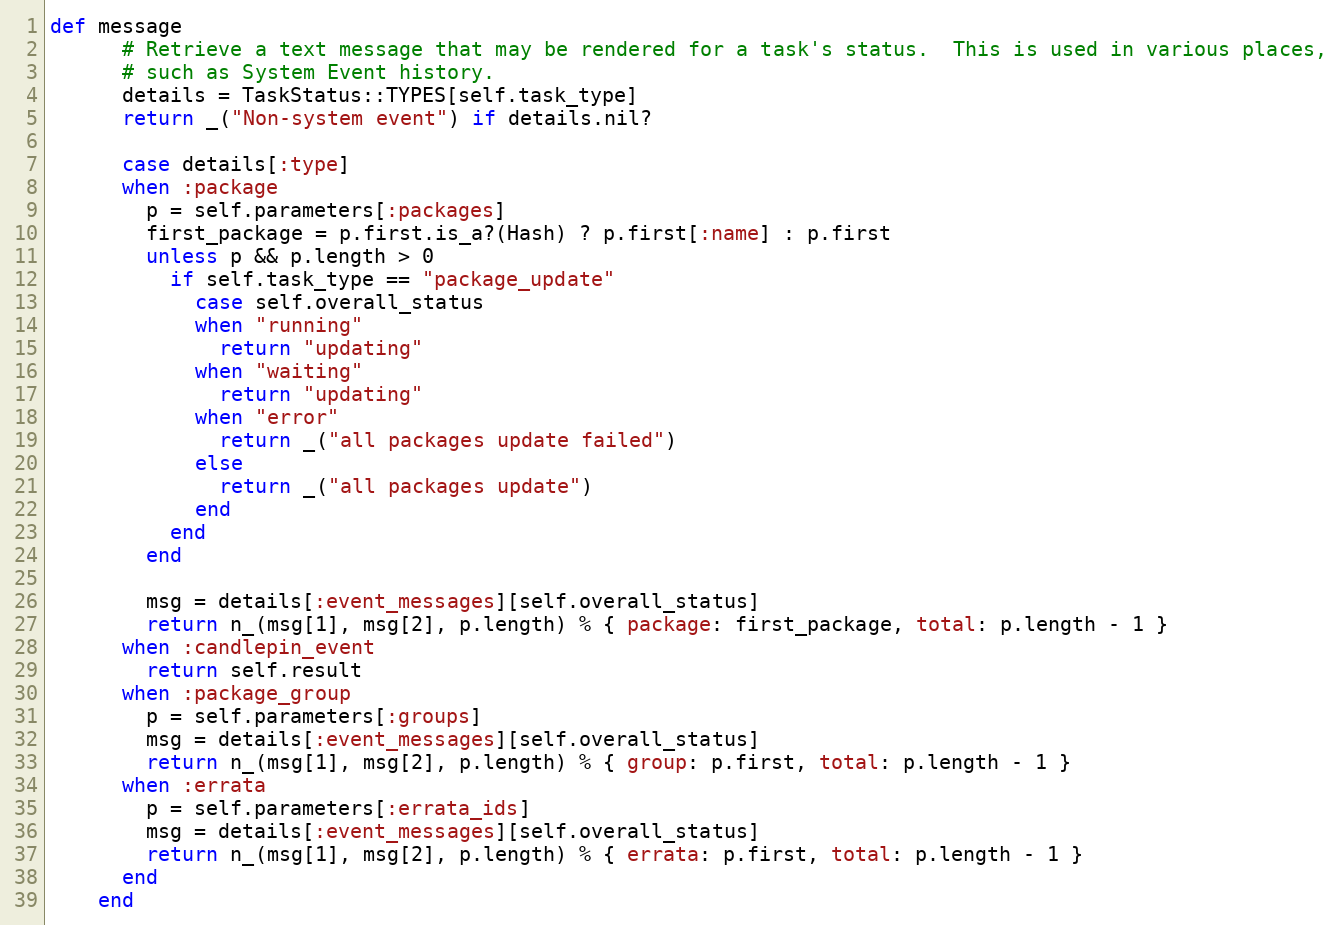
Language: Ruby
def message
      # Retrieve a text message that may be rendered for a task's status.  This is used in various places,
      # such as System Event history.
      details = TaskStatus::TYPES[self.task_type]
      return _("Non-system event") if details.nil?

      case details[:type]
      when :package
        p = self.parameters[:packages]
        first_package = p.first.is_a?(Hash) ? p.first[:name] : p.first
        unless p && p.length > 0
          if self.task_type == "package_update"
            case self.overall_status
            when "running"
              return "updating"
            when "waiting"
              return "updating"
            when "error"
              return _("all packages update failed")
            else
              return _("all packages update")
            end
          end
        end

        msg = details[:event_messages][self.overall_status]
        return n_(msg[1], msg[2], p.length) % { package: first_package, total: p.length - 1 }
      when :candlepin_event
        return self.result
      when :package_group
        p = self.parameters[:groups]
        msg = details[:event_messages][self.overall_status]
        return n_(msg[1], msg[2], p.length) % { group: p.first, total: p.length - 1 }
      when :errata
        p = self.parameters[:errata_ids]
        msg = details[:event_messages][self.overall_status]
        return n_(msg[1], msg[2], p.length) % { errata: p.first, total: p.length - 1 }
      end
    end